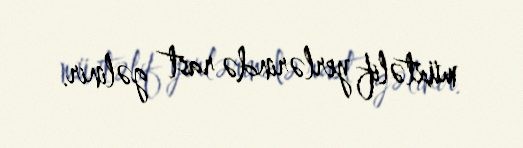
müxtəlif yerlərində rast gəlinir.